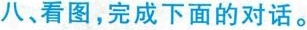
八、看图，完成下面的对话。